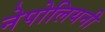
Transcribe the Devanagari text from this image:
नेपोलियनी